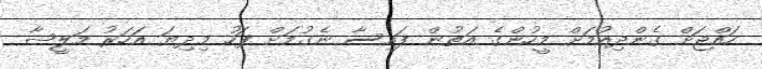
ހައްޖަށް ގެންދިއުމަށް މީހުންގެ އަތުން ފައިސާ ނެގުމަށް ފަހު މިދިޔަ އަހަރު މަލީޝާ